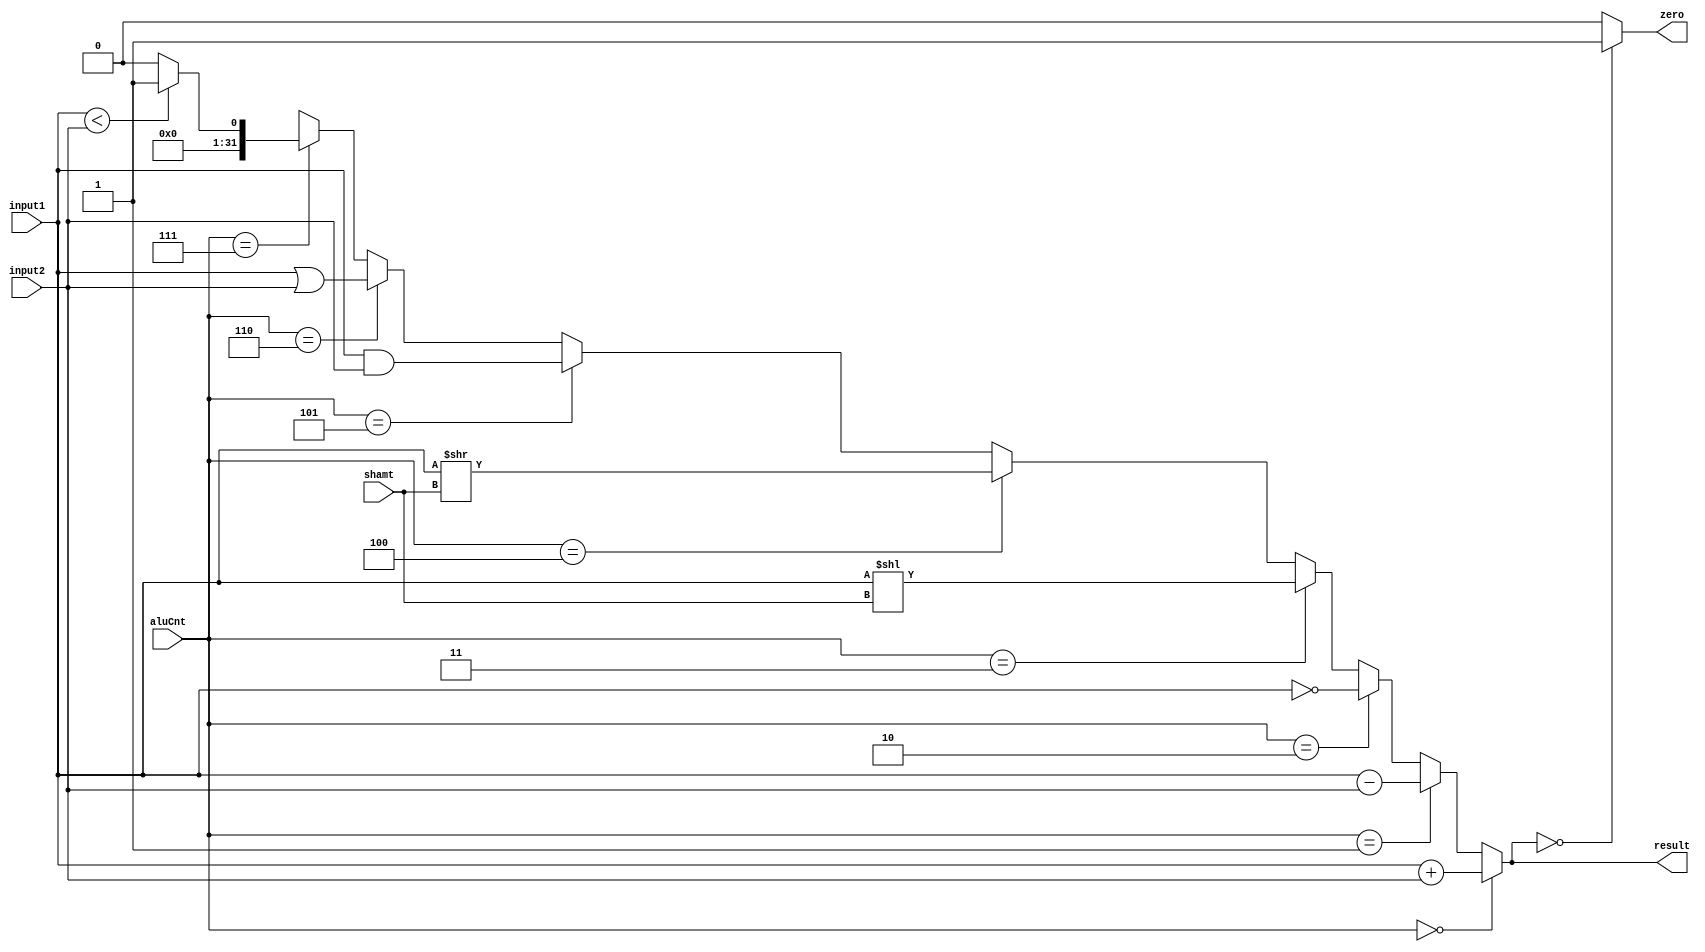
`timescale 1ns / 1ps

module ALU(
		
		input [3:0] aluCnt,
		input [31:0] input1,
		input [31:0] input2,
		input [4:0] shamt,
		output reg [31:0] result,
		output reg zero

    );
	  initial 
    begin
      $display("Hello, World");

    end

	 always @(*)
		begin 
			if (aluCnt == 4'b0000)
				 result = input1 + input2;

			else if (aluCnt == 4'b0001)
				 result = input1 - input2;

			else if (aluCnt == 4'b0010)
				 result = ~ input1;
			else if (aluCnt == 4'b0011)
				 result = input1 << shamt;
			else if (aluCnt == 4'b0100)
				 result = input1 >> shamt;
			else if (aluCnt == 4'b0101)
				 result = input1 & input2;
			else if (aluCnt == 4'b0110)
				 result = input1 | input2;
			else if (aluCnt == 4'b0111)
				 result = (input1 < input2) ? 32'b1 : 32'b0;
	 
			else 
				 result = 32'bx;
	  zero = (result == 32'b0)? 1 : 0;
	 end


endmodule